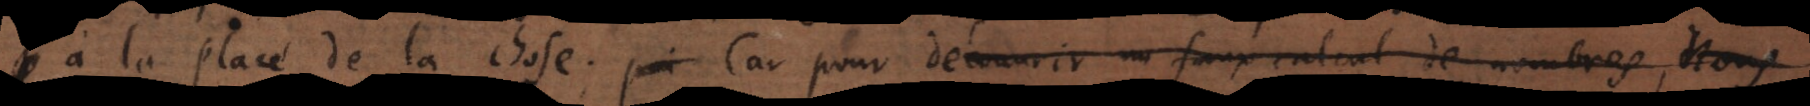
à la place de la chose. Car pour découvrir un faux calcul de nombres, nous